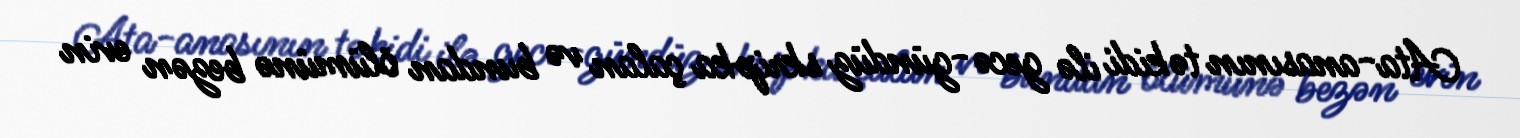
Ata-anasının təkidi ilə gecə-gündüz skripka çalan və bundan ölümünə bezən evin